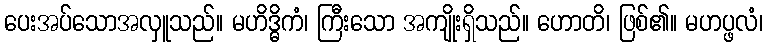
ပေးအပ်သောအလှူသည်။ မဟိဒ္ဓိကံ၊ ကြီးသော အကျိုးရှိသည်။ ဟောတိ၊ ဖြစ်၏။ မဟပ္ဖလံ၊